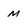
Character: m